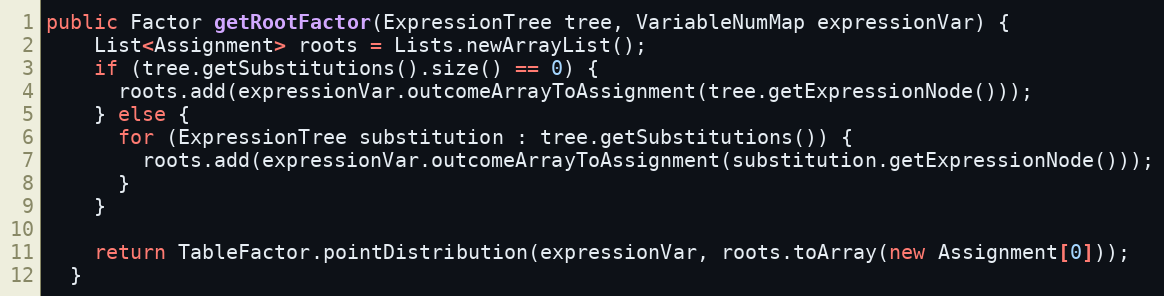
Language: Java
public Factor getRootFactor(ExpressionTree tree, VariableNumMap expressionVar) {
    List<Assignment> roots = Lists.newArrayList();
    if (tree.getSubstitutions().size() == 0) {
      roots.add(expressionVar.outcomeArrayToAssignment(tree.getExpressionNode()));
    } else {
      for (ExpressionTree substitution : tree.getSubstitutions()) {
        roots.add(expressionVar.outcomeArrayToAssignment(substitution.getExpressionNode()));
      }
    }

    return TableFactor.pointDistribution(expressionVar, roots.toArray(new Assignment[0]));
  }